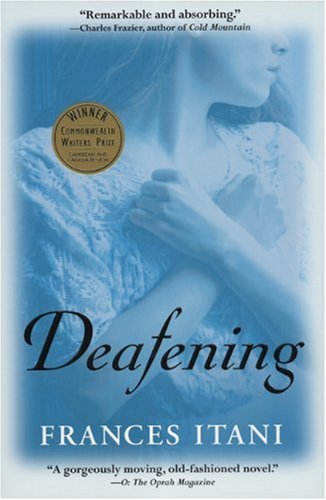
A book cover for Deafening; Frances Itani; Religion & Spirituality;